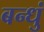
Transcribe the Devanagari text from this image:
बन्धुं